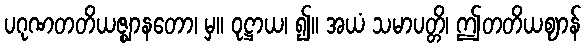
ပဂုဏတတိယဇ္ဈာနတော၊ မှ။ ဝုဋ္ဌာယ၊ ၍။ အယံ သမာပတ္တိ၊ ဤတတိယဈာန်